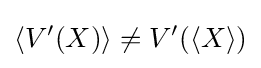
\left\langle V'(X)\right\rangle \neq V'(\left\langle X\right\rangle )